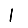
Digit: 1